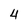
Character: 4